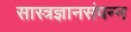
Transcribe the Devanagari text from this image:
सास्त्रज्ञानसंपन्न